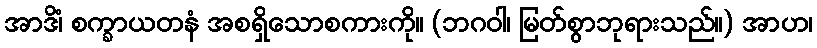
အာဒိံ၊ စက္ခာယတနံ အစရှိသောစကားကို။ (ဘဂဝါ၊ မြတ်စွာဘုရားသည်။) အာဟ၊